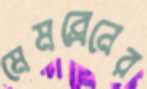
মেমব্রেনের